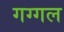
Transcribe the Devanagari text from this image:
गग्‍गल